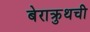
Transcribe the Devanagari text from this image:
बेराक्रुथची